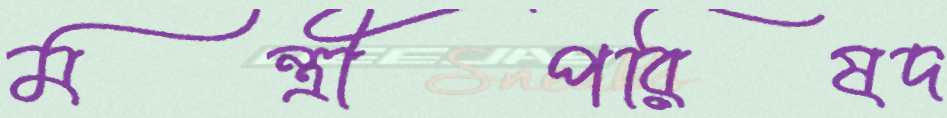
মন্ত্রীপরিষদ